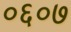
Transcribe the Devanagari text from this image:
०६०७